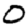
Digit: 0